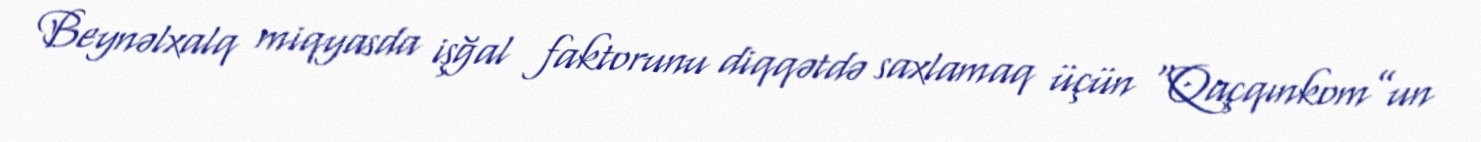
Beynəlxalq miqyasda işğal faktorunu diqqətdə saxlamaq üçün “Qaçqınkom”un